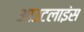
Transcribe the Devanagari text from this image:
आउटलाइंस